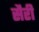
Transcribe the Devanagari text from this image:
सैरी